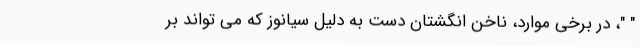
" "، در برخی موارد، ناخن انگشتان دست به دلیل سیانوز که می تواند بر